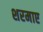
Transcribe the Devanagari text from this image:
शरमाए